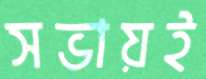
সভায়ই